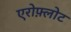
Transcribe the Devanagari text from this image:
एरोफ़्लोट